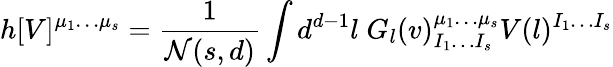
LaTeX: h[V]^{\mu_{1}\ldots\mu_{s}}={\frac{1}{{\cal N}(s,d)}}\int d^{d-1}l\; G_{l}(v)_{I_{1}\ldots I_{s}}^{\mu_{1}\ldots\mu_{s}}V(l)^{I_{1}\ldots I_{s}}